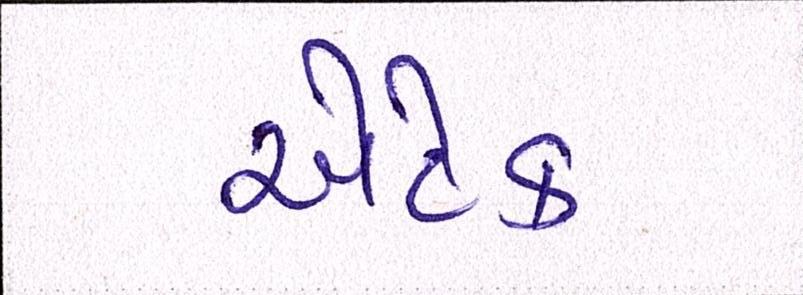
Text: એટેક